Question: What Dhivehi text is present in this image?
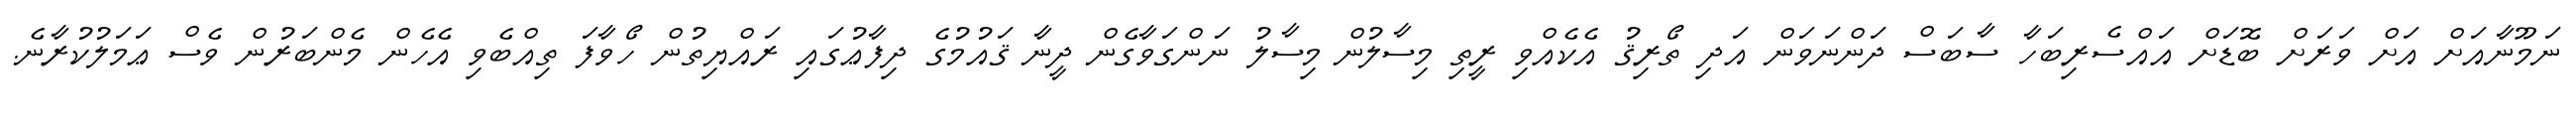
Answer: ނަމޫނާއަށް އަށް ވަރަށް ބޮޑަށް އައްސެރިބަހާ ސާބަސް ދަންނަވަން އަދި ތޯރިޤު އެކެއްވި ރީތި މިސާލުން މިސާލު ނަންގަވާގެން ދީނާ ޤައުމުގެ ދިފާޢުގައި ރައްޔިތުން ހޯވާފަ ތިއްބެވި އެހެން މެންބަރުން ވެސް ޢަމަލުކުރާނެ.